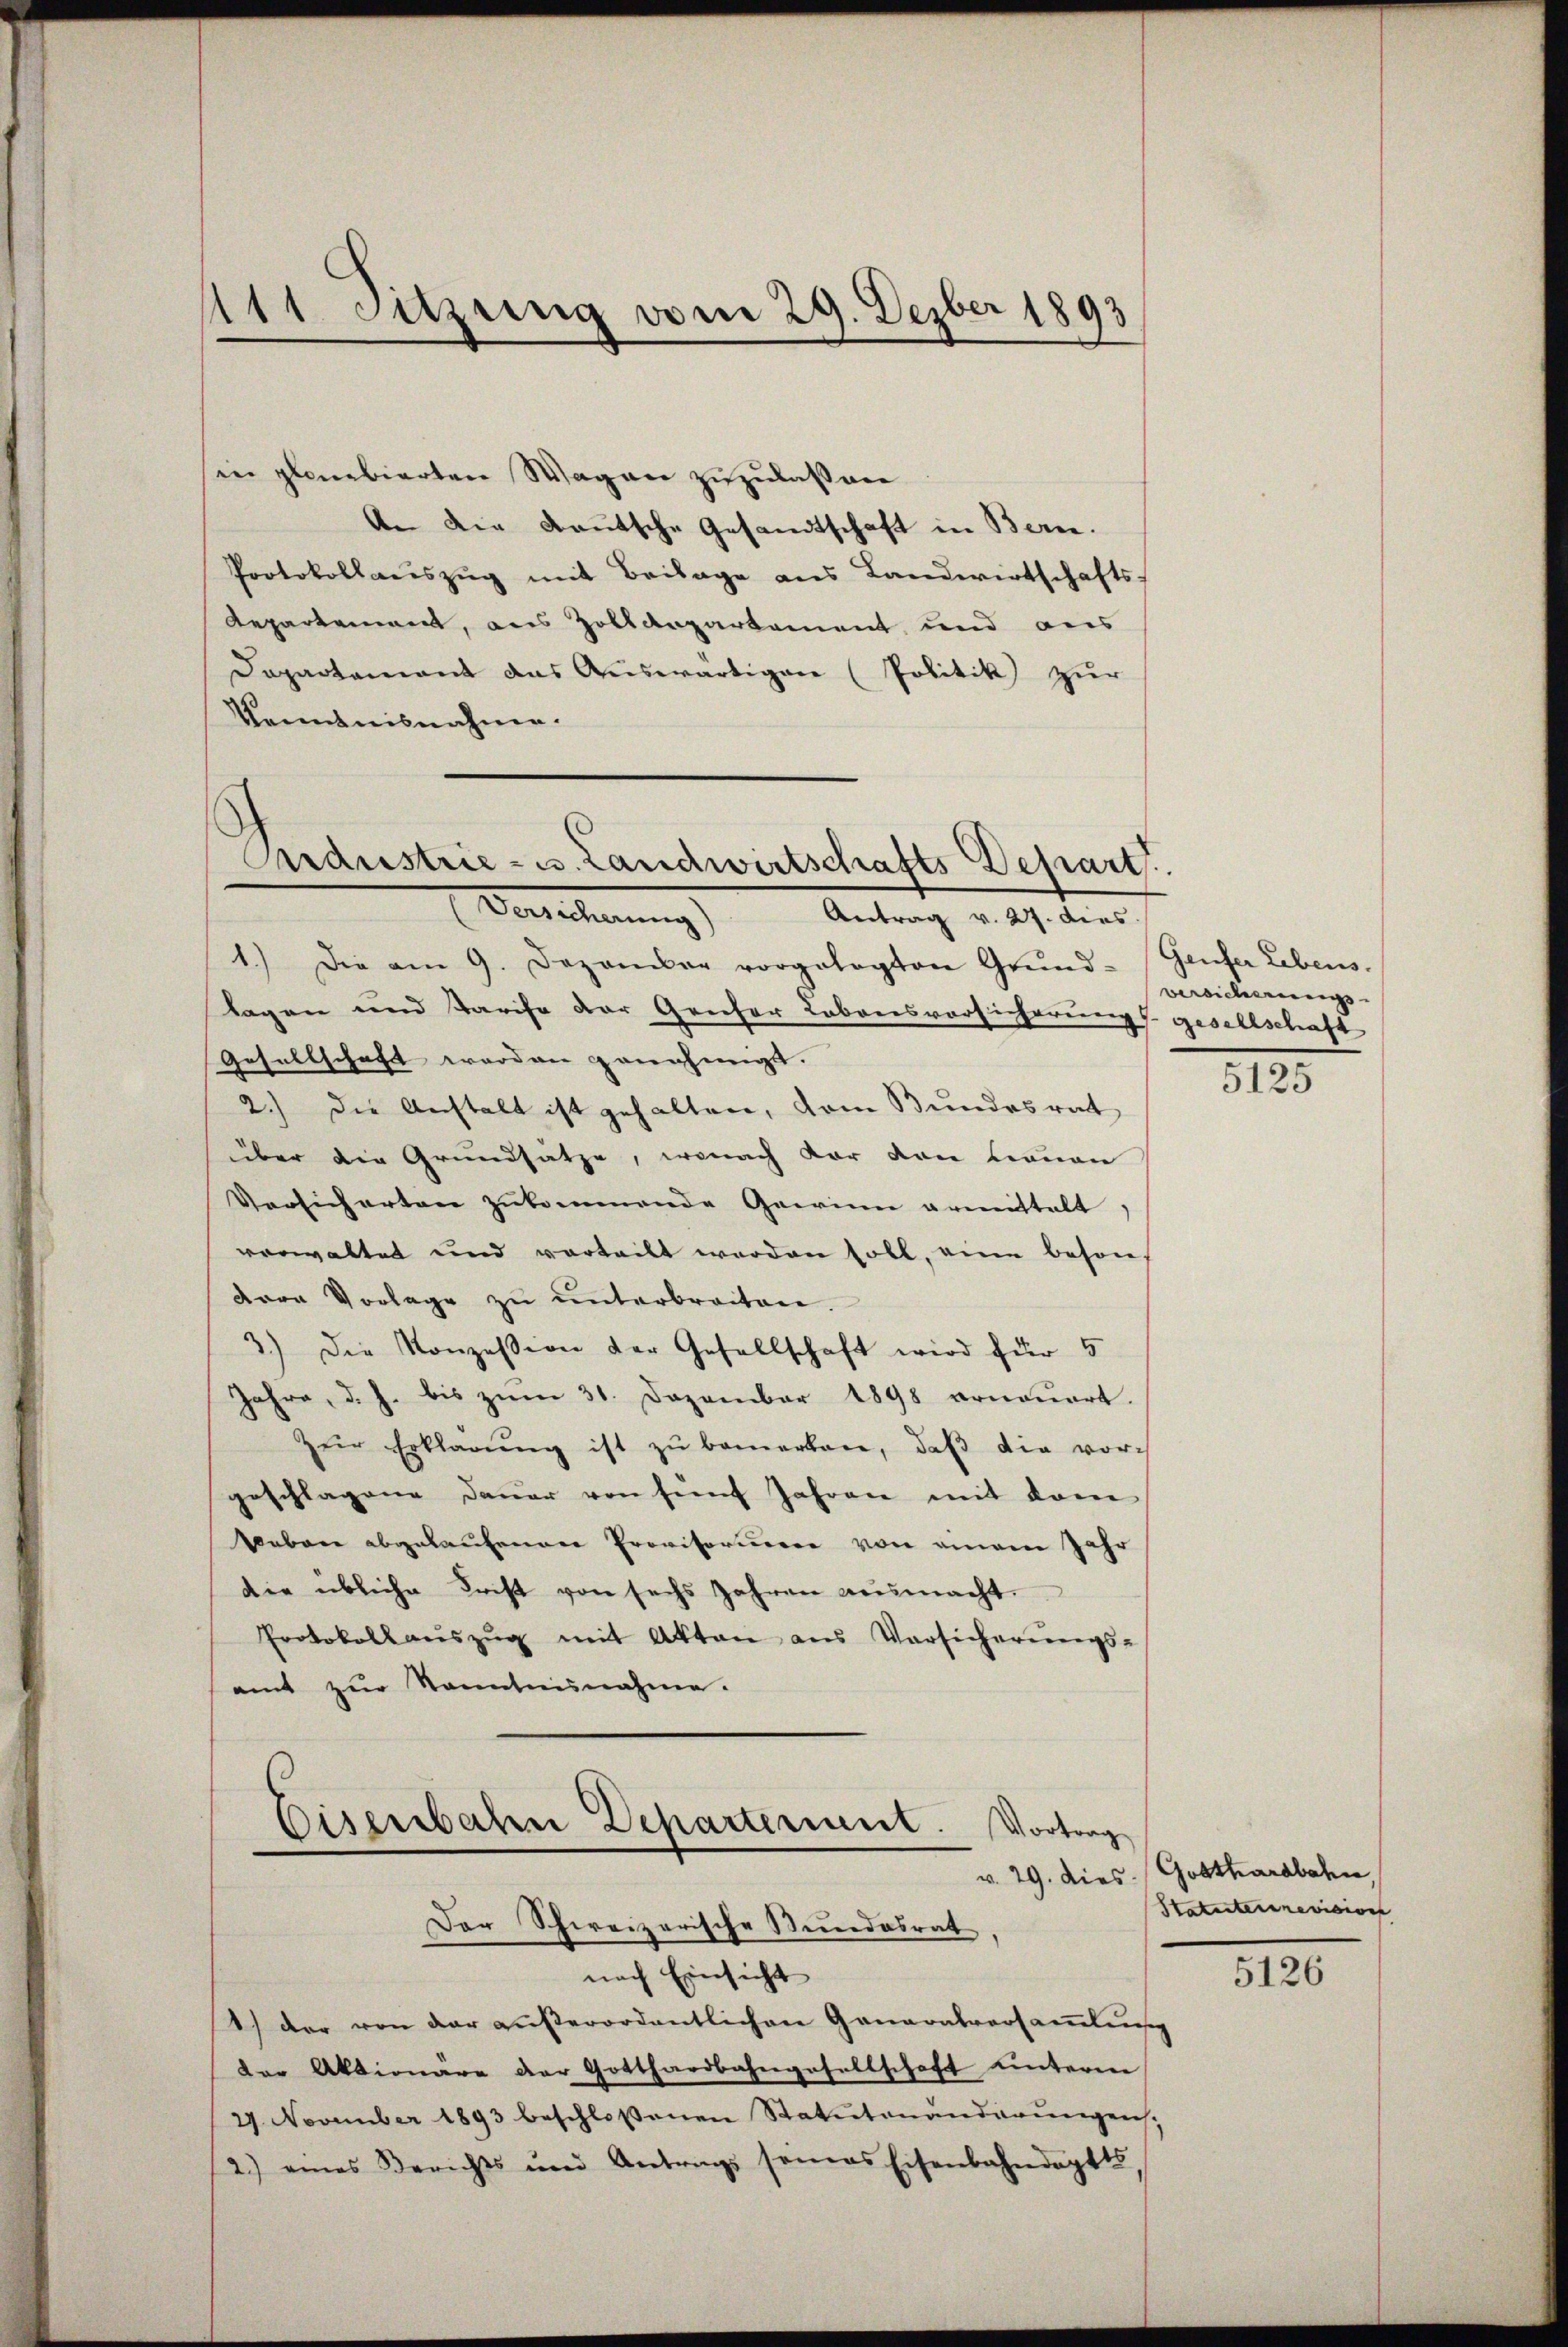
sin planbierten Wagen zuzulaßene
An die deutsche Gesandtschaft in Bern.
Protokollaŭszŭg mit Beilage ans Landwirtschafts-
Repartement, aus Zollanpartement und aus
Dapartamant das Auswärtigen (Politik zur
Kenntnisnahme.

111 Sitzung vom 29. Dezber 1893

Aardustrie- u. Landwirtschafts-Depart
Versicherung) Antrag v. 27. dies

1.) Die am 9. Dezember vorgelegten Grŭnd-
lagen und Tarife der Genfer Labonsvorsicherung gesellschaft
Gesellschaft werden genehmigt.
2.) Die Anstalt ist gehalten, vom Bundesrat
über die Grundsatze, wonach dar von Frauen
Versicherten zukommende Gewinn armittelt.
verwaltet und vorteilt werden soll, eine beson-
dere Vorlage zu unterbreiten.
3.) Die Konzession der Gesellschaft wird für 5
Jahre, d. J. bis zum 31. Dezember 1898 erneuert.
 zŭr Erklärŭng ist zŭ bemerken, daβ die vorgeschlagene Dauer von fünf Jahren mit dem
Sabare abgelaufenen Provisoriueer von einem Jahr
die übliche Frist von sechs Jahren ausmacht.
Protokollaŭszŭg mit Akten aus Versicherŭngs-
amt zŭr Sonntennahme:
Eisenbahn Departerient. Vortrag
v. 29. dies
Der Schweizerische Neuedosrat,
nach Einsicht
1.) Der von der außerordentlichen Ganaratversammlung
der Aktionäre der Gotthardbahngesellschaft unterm
27. November 1893 beschloßenen Statutenanderŭngen,
2.) eines Berichts und Antrags seines Eisenbahndaptts

Geufer Lebens.
Versicherungs-

5125

Gotthardbahn,
Statuterrevisions

5126